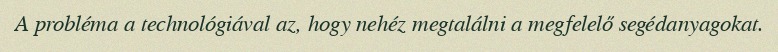
A probléma a technológiával az, hogy nehéz megtalálni a megfelelő segédanyagokat.